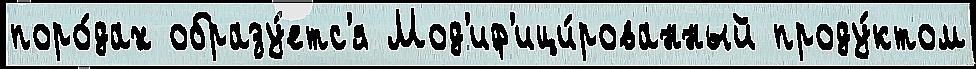
поро́дах образу́етс'я Мод'иф'ици́рованный проду́ктом